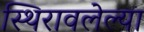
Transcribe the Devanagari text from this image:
स्थिरावलेल्या